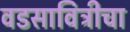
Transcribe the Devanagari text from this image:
वडसावित्रीचा